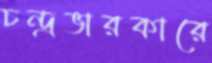
চন্দ্রভারকারে